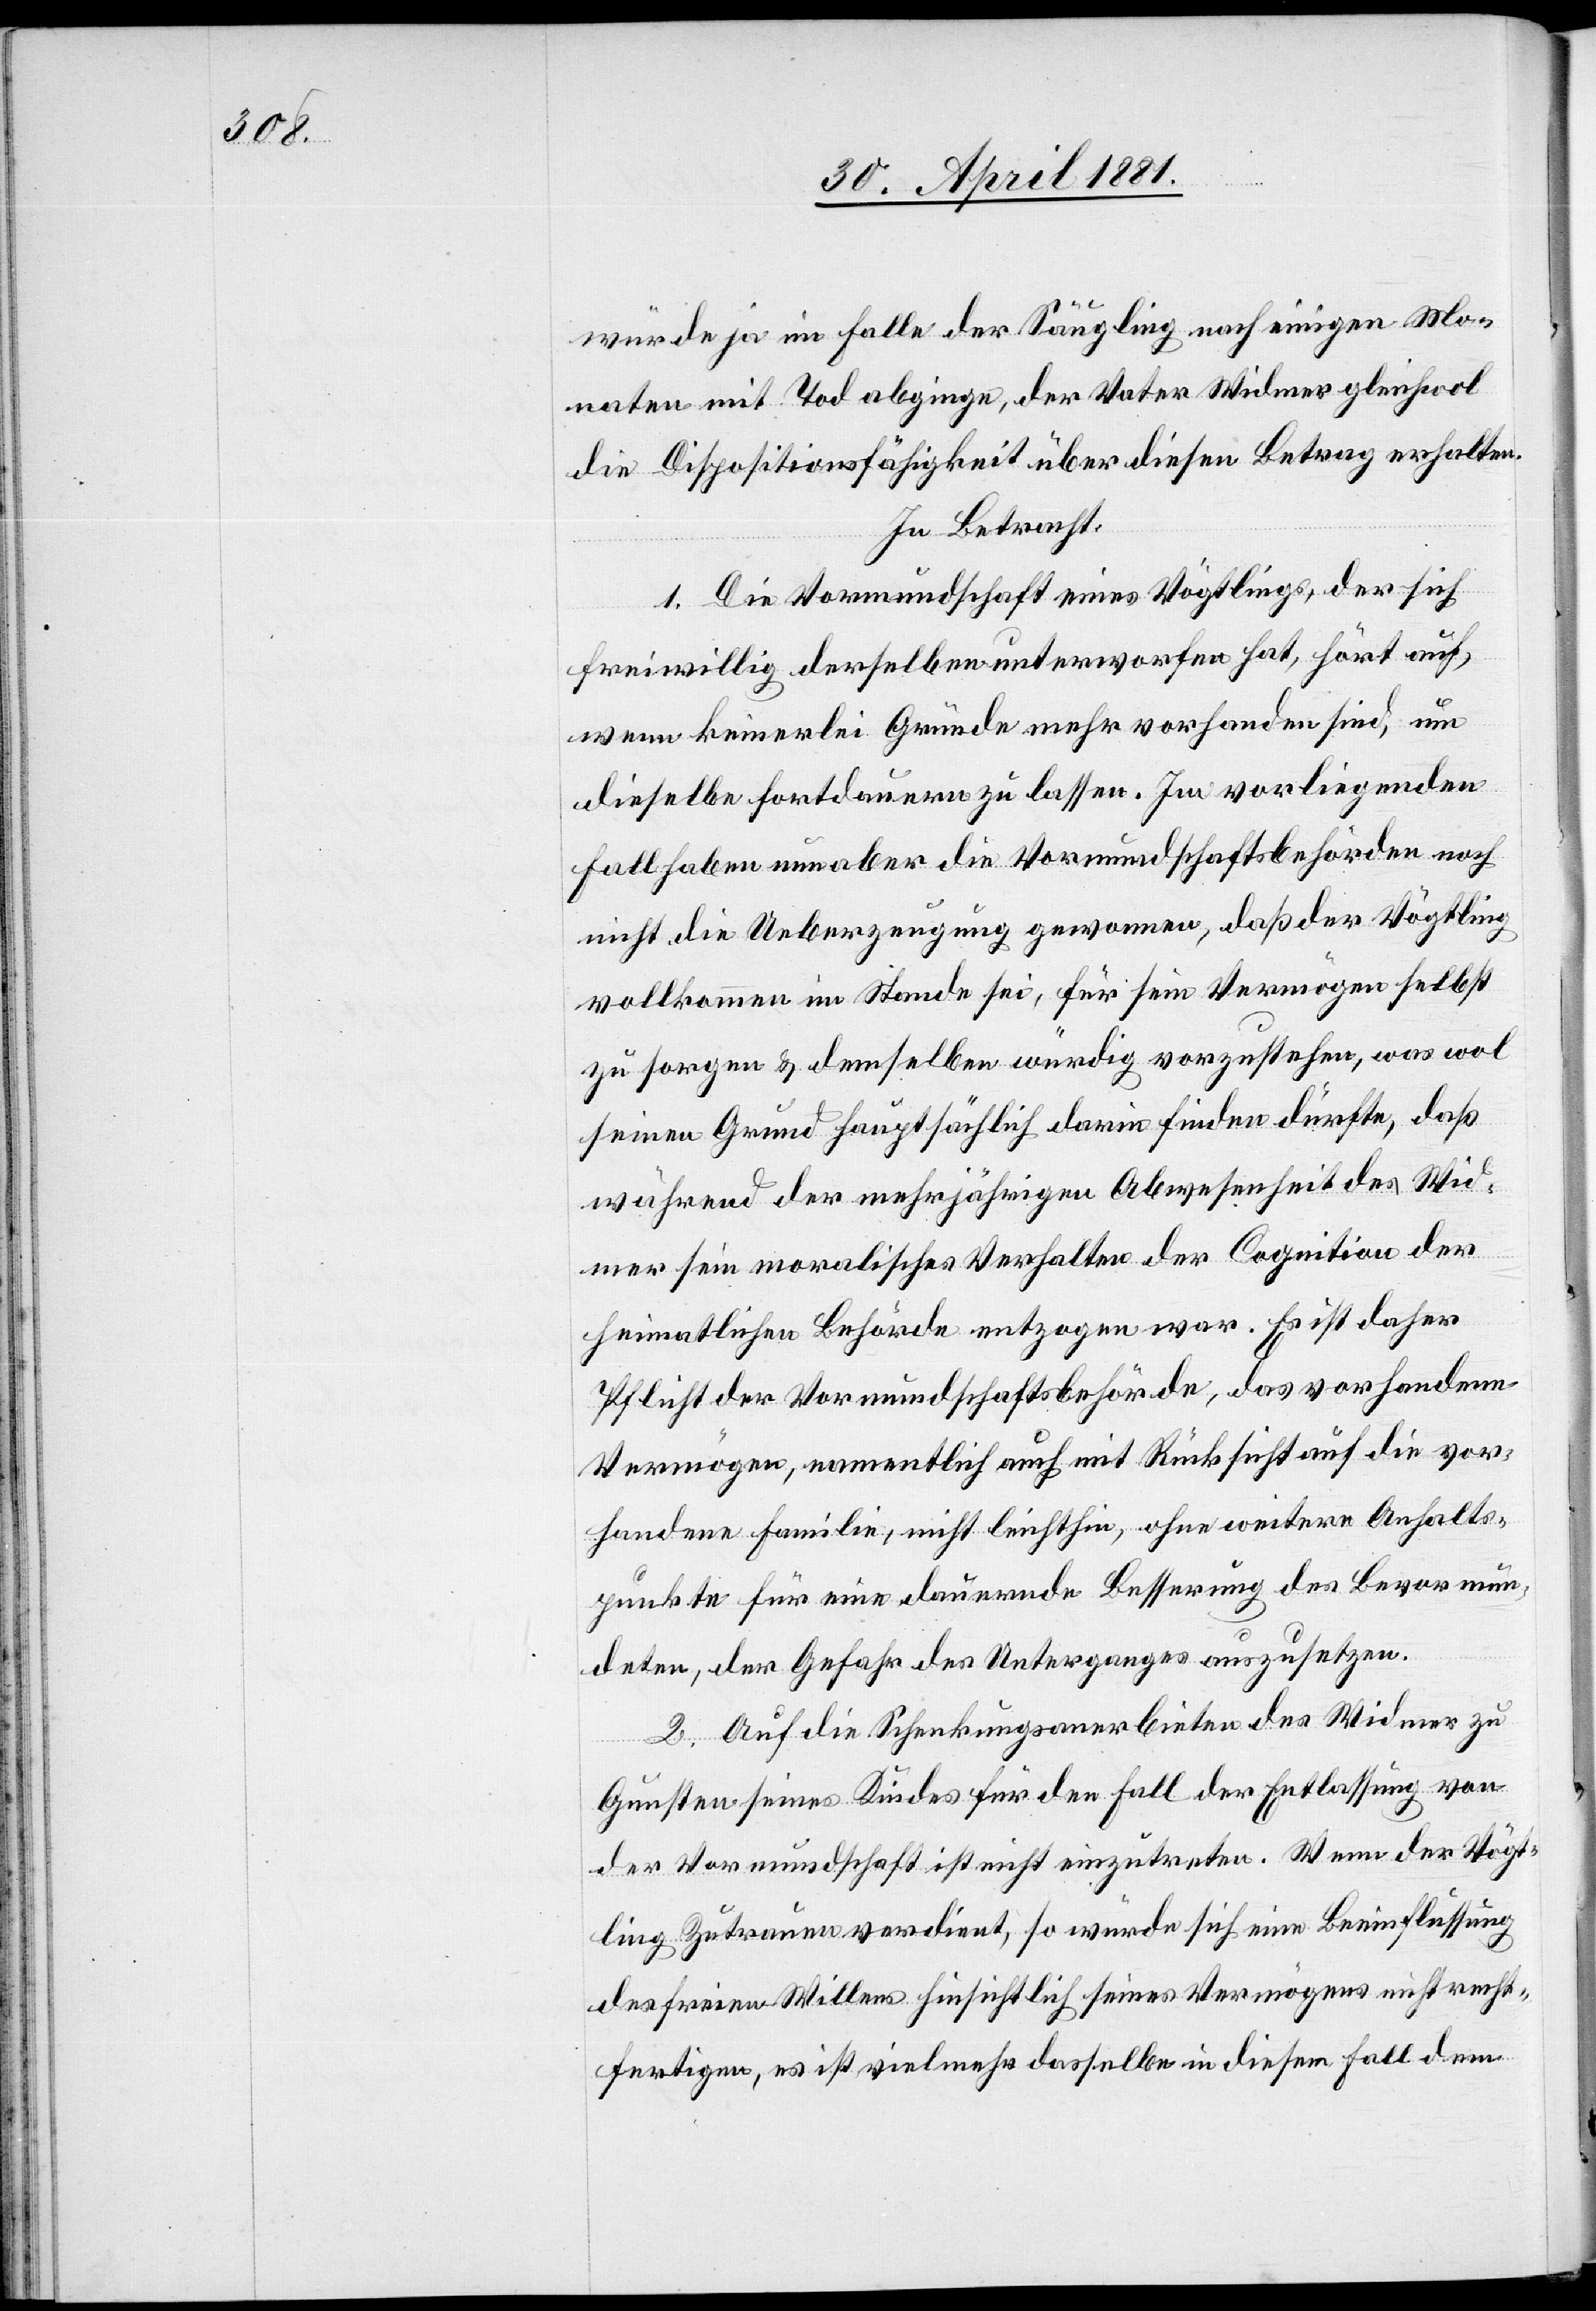
würde ja im Falle der Säugling nach einigen Mo¬
naten mit Tod abginge, der Vater Widmer gleichwol
die Dispositionsfähigkeit über diesen Betrag erhalten.
In Betracht:
1. Die Vormundschaft eines Vögtlings, der sich
freiwillig derselben unterworfen hat, hört auf,
wenn keinerlei Gründe mehr vorhanden sind, um
dieselbe fortdauern zu lassen. Im vorliegenden
Fall haben nun aber die Vormundschaftsbehörden noch
nicht die Ueberzeugung gewonnen, daß der Vögtling
vollkommen im Stande sei, für sein Vermögen selbst
zu sorgen & demselben würdig vorzustehen, was wol
seinen Grund hauptsächlich darin finden dürfte, daß
während der mehrjährigen Abwesenheit des Wid¬
mer sein moralisches Verhalten der Cognition der
heimatlichen Behörde entzogen war. Es ist daher
Pflicht der Vormundschaftsbehörde, das vorhandene
Vermögen, namentlich auch mit Rücksicht auf die vor¬
handene Familie, nicht leichthin, ohne weitere Anhalts¬
punkte für eine dauernde Besserung des Bevormun¬
deten, der Gefahr des Unterganges auszusetzen.
2. Auf die Schenkungsanerbieten des Widmer zu
Gunsten seines Kindes für den Fall der Entlassung von
der Vormundschaft ist nicht einzutreten. Wenn der Vögt¬
ling Zutrauen verdient, so würde sich eine Beeinflussung
des freien Willens hinsichtlich seines Vermögens nicht recht¬
fertigen, es ist vielmehr dasselbe in diesem Fall dem